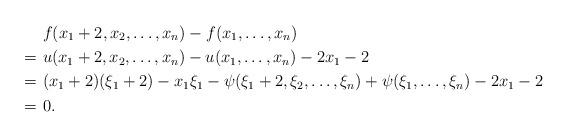
LaTeX: \begin{align*}& ~f(x_1+2, x_2, \ldots, x_n) - f(x_1, \ldots, x_n) \\=&~ u(x_1+2, x_2, \ldots, x_n) - u(x_1, \ldots, x_n) - 2 x_1 - 2\\=& ~(x_1 + 2) (\xi_1 + 2) - x_1 \xi_1 - \psi(\xi_1 + 2, \xi_2, \ldots, \xi_n) + \psi(\xi_1, \ldots, \xi_n) - 2 x_1 - 2\\=&~0.\end{align*}